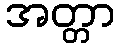
အတ္တာ